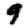
Digit: 9